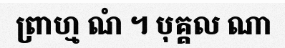
ព្រាហ្ម ណំ ។ បុគ្គល ណា